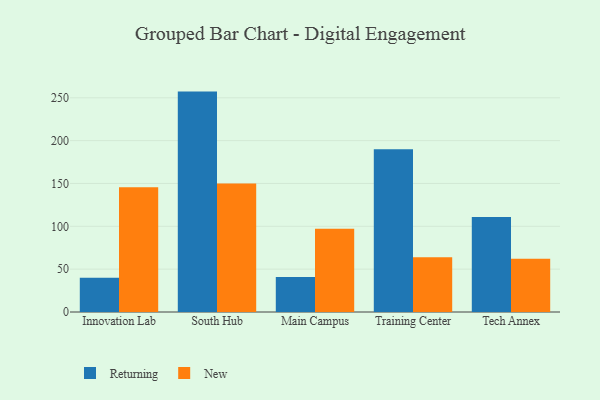
{"axis": {"x": "Campus", "y": "Production Output"}, "legend": ["New", "Returning"], "data": [{"x": "Innovation Lab", "y": 40.0, "type": "Returning"}, {"x": "Innovation Lab", "y": 145.6, "type": "New"}, {"x": "South Hub", "y": 257.2, "type": "Returning"}, {"x": "South Hub", "y": 150.1, "type": "New"}, {"x": "Main Campus", "y": 40.9, "type": "Returning"}, {"x": "Main Campus", "y": 97.1, "type": "New"}, {"x": "Training Center", "y": 189.8, "type": "Returning"}, {"x": "Training Center", "y": 63.8, "type": "New"}, {"x": "Tech Annex", "y": 111.0, "type": "Returning"}, {"x": "Tech Annex", "y": 62.2, "type": "New"}]}